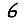
Digit: 6